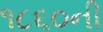
૧૮૬૦ની